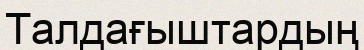
Талдағыштардың